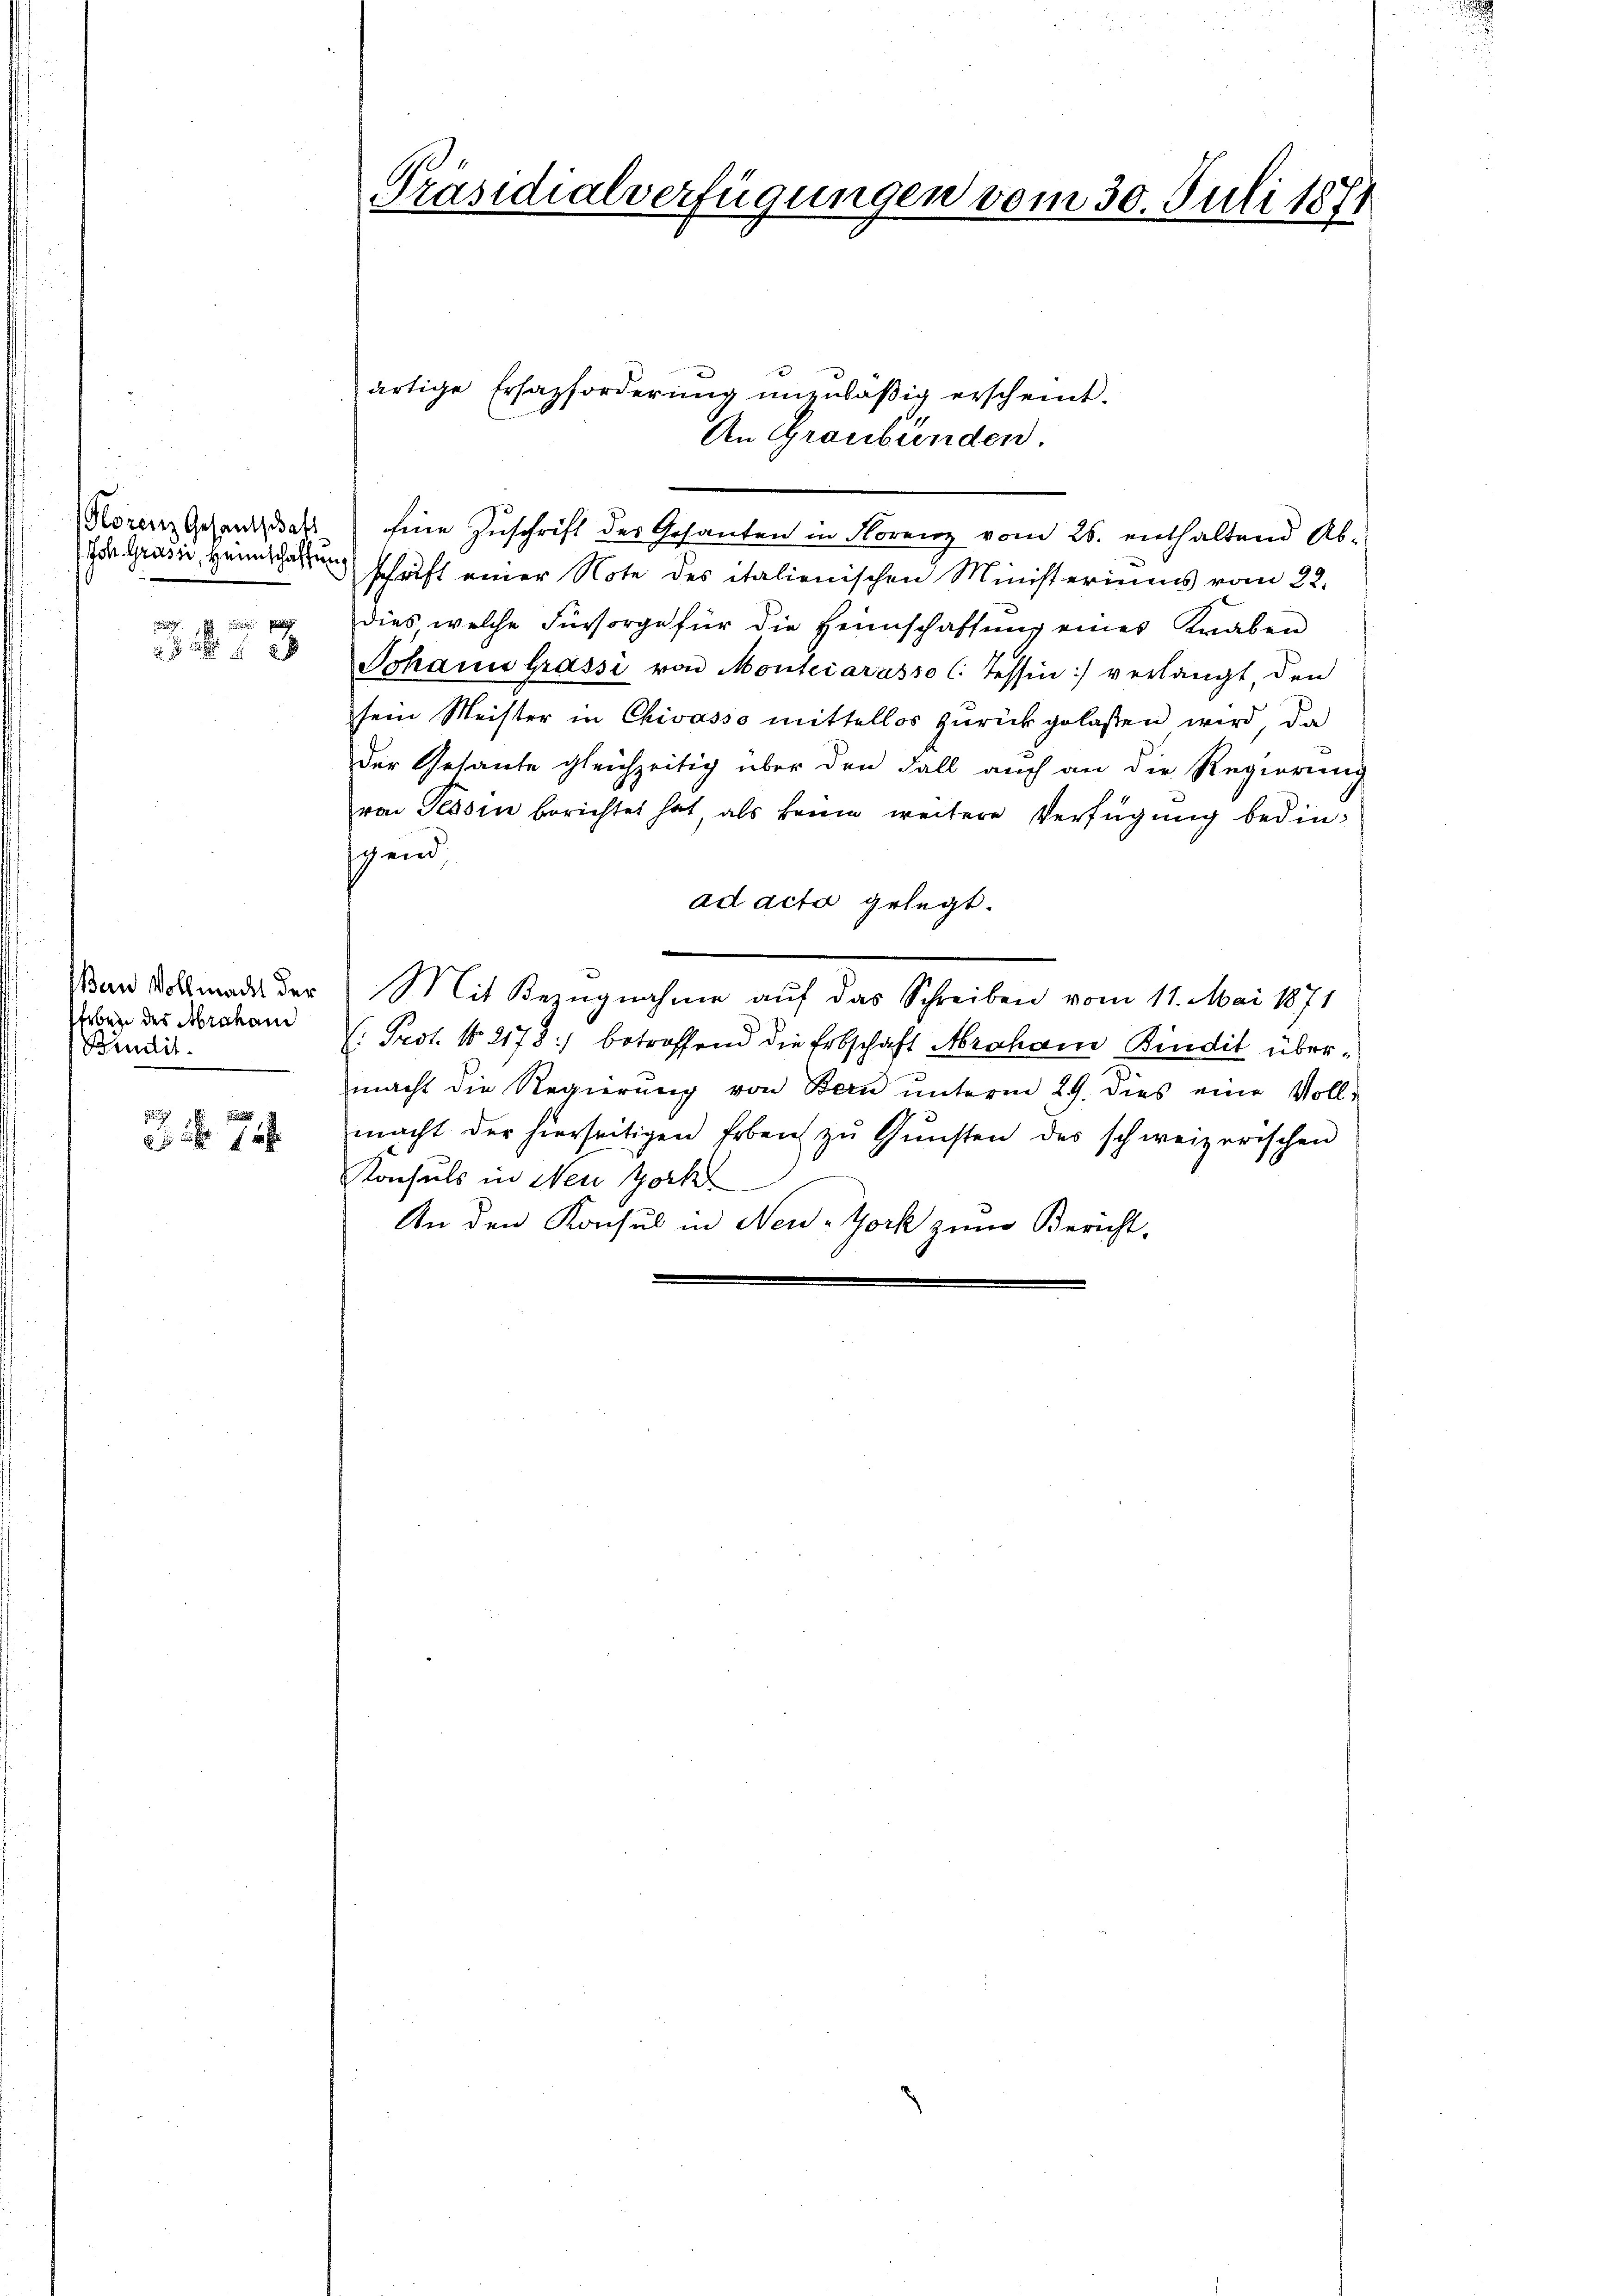
Florenz Gesandschaft
Joh. Grasie, Heimschaffung

Bern Vollmacht der
feber des Abrahand
Bindit

Nr. 754.

Präsidialverfügungen vom 30. Juli 1881

artige Ersazforderung unzuläßig erscheint.
Eine Zuschrift des Gesanten in Florenz vom 26. enthaltend Ab-
schrift einer Note des italienischen Ministeriums vom 22.
dies welche Fürsorge für die Heimschaffung eines Knaben
Johann Grassi von Montecarasso (. Tessin:/ verlangt den
sein Meister in Chivasso mittellos zurückgelassen wird, da
der Gesante gleichzeitig über den Fall auch an die Regierung
von Tessin berichtet hat als keine weitere Verfügung bedinscend
ad acta gelegt.
Mit Bezugnahme auf das Schreiben vom 11. Mai 1871
(: Pest. No 2178:) betreffend die Erbschaft Abraham Bindit übermacht die Regierŭng von Bern ŭnterm 29. dies eine Voll-
macht der hierseitigen Erben zŭ Gŭnsten des schweizerischen
Konsuls in Neu Joch
An den Konsul in New-York zum Bericht,

An Graubünden.